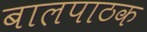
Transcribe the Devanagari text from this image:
बालपाठक